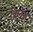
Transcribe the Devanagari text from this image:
विलेंस